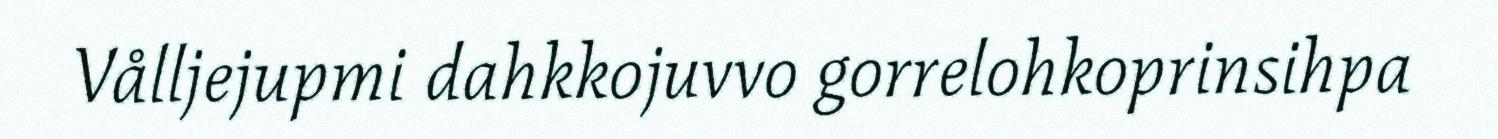
Vålljejupmi dahkkojuvvo gorrelohkoprinsihpa